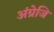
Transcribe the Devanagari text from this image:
अंग्रेजि